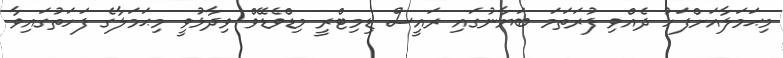
މިޙަމަލާއަށްފަހު ދެއްވި ފުރަތަމަ ބަޔާނުގައި ރައީސް ޑިމިޓްރީ މިޑްވެޑޭވް ވިދާޅުވީ މިޙަމަލާގެ ފަހަތުގައިވާ